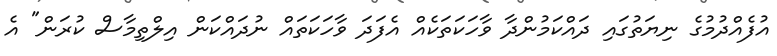
އުފެއްދުމުގެ ނިޔަތުގައި ދައްކަމުންދާ ވާހަކަތަކެއް އެފަދަ ވާހަކަތައް ނުދައްކަން އިލްތިމާސް ކުރަން" އެ